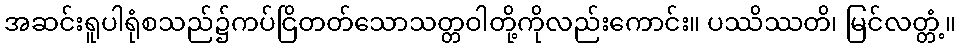
အဆင်းရူပါရုံစသည်၌ကပ်ငြိတတ်သောသတ္တဝါတို့ကိုလည်းကောင်း။ ပဿိဿတိ၊ မြင်လတ္တံ့။